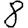
Digit: 8